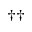
^ { \dagger \dagger }